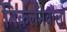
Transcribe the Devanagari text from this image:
निकलनेवालों